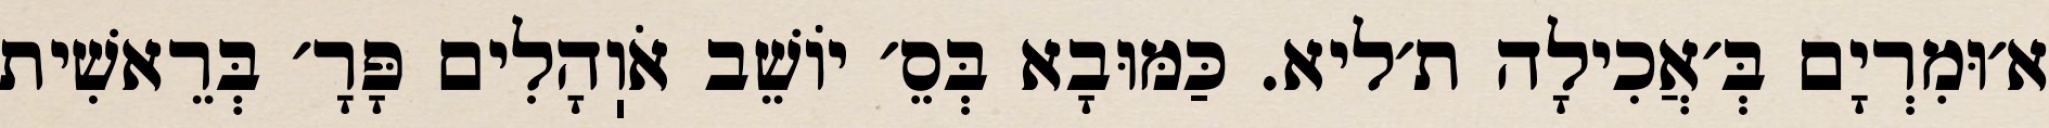
א׳וּמִרְיָם בְּ׳אֲכִילָה ת׳ליא. כַּמּוּבָא בְּסֵ׳ יוֹשֵׁב אֹוֽהָלִים פָּרָ׳ בְּרֵאשִׁית